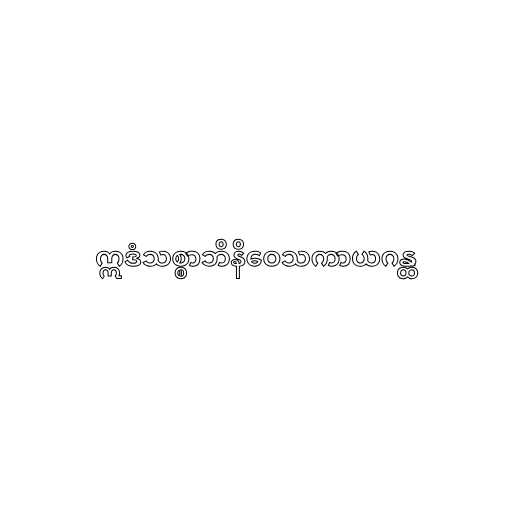
ဣဒံသစ္စာဘိနိဝေသကာယဂန္ထ